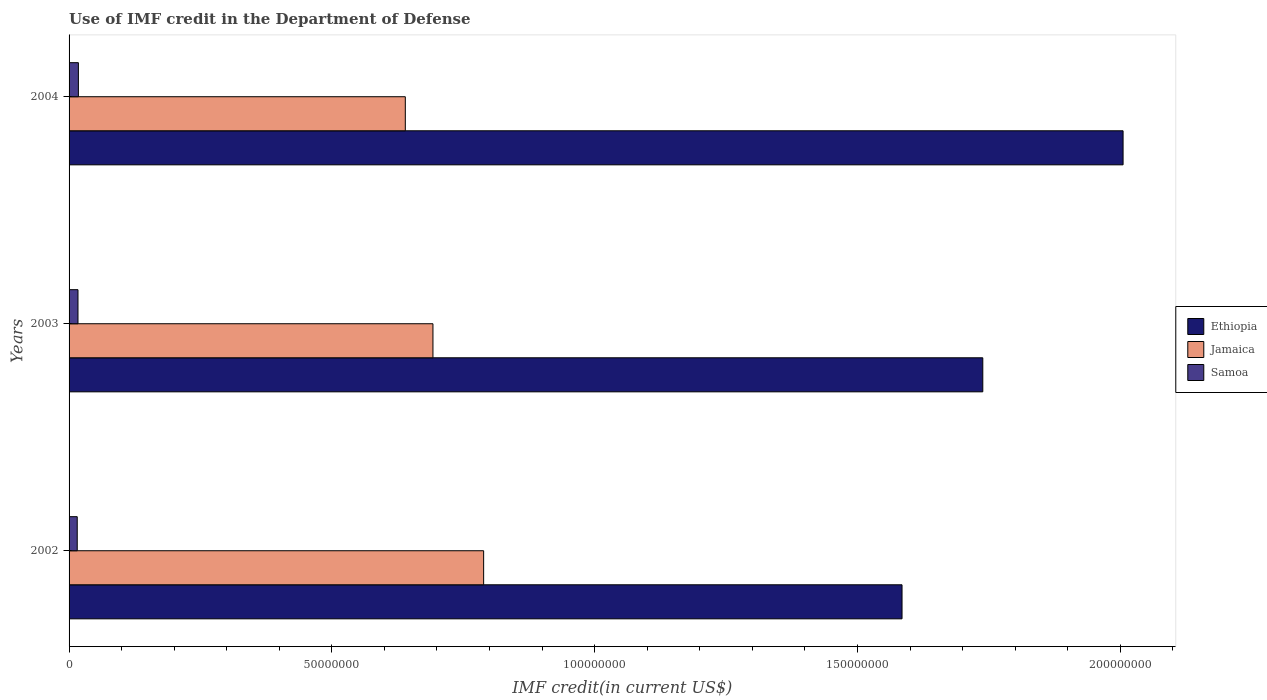
| Years | Ethiopia | Jamaica | Samoa |
 | --- | --- | --- | --- |
 | 2002 | 1.58e+08 | 7.89e+07 | 1.55e+06 |
 | 2003 | 1.74e+08 | 6.92e+07 | 1.7e+06 |
 | 2004 | 2.01e+08 | 6.4e+07 | 1.77e+06 |